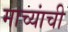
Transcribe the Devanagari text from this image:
माच्यांची